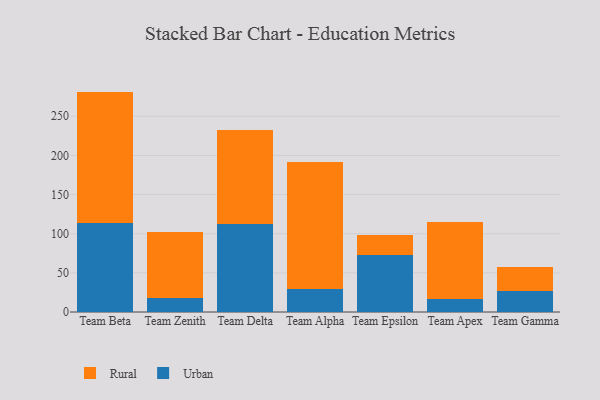
{"axis": {"x": "Team", "y": "Website Visitors"}, "legend": ["Rural", "Urban"], "data": [{"x": "Team Beta", "y": 113.6, "type": "Urban"}, {"x": "Team Beta", "y": 167.9, "type": "Rural"}, {"x": "Team Zenith", "y": 18.0, "type": "Urban"}, {"x": "Team Zenith", "y": 84.1, "type": "Rural"}, {"x": "Team Delta", "y": 111.8, "type": "Urban"}, {"x": "Team Delta", "y": 120.8, "type": "Rural"}, {"x": "Team Alpha", "y": 30.0, "type": "Urban"}, {"x": "Team Alpha", "y": 161.6, "type": "Rural"}, {"x": "Team Epsilon", "y": 72.3, "type": "Urban"}, {"x": "Team Epsilon", "y": 26.5, "type": "Rural"}, {"x": "Team Apex", "y": 17.0, "type": "Urban"}, {"x": "Team Apex", "y": 98.3, "type": "Rural"}, {"x": "Team Gamma", "y": 26.9, "type": "Urban"}, {"x": "Team Gamma", "y": 30.8, "type": "Rural"}]}